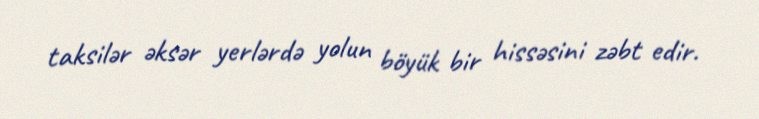
taksilər əksər yerlərdə yolun böyük bir hissəsini zəbt edir.